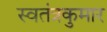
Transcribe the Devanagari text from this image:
स्वतंत्रकुमार